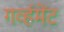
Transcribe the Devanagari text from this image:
गर्व्हमेंट